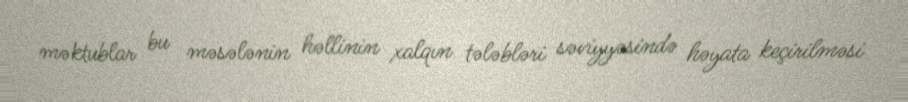
məktublar bu məsələnin həllinin xalqın tələbləri səviyyəsində həyata keçirilməsi